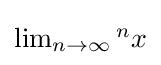
\textstyle \lim _{n\rightarrow \infty }{}^{n}x